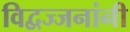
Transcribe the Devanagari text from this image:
विद्वज्जनांनी